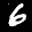
Label: 6